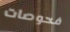
فحوصات